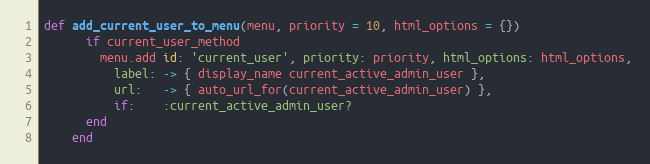
Language: Ruby
def add_current_user_to_menu(menu, priority = 10, html_options = {})
      if current_user_method
        menu.add id: 'current_user', priority: priority, html_options: html_options,
          label: -> { display_name current_active_admin_user },
          url:   -> { auto_url_for(current_active_admin_user) },
          if:    :current_active_admin_user?
      end
    end